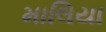
માલિયા